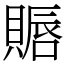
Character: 䞅